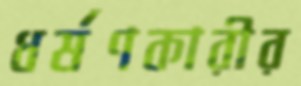
ধর্ষণকারীর